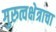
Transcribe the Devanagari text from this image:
गुरुत्वक्षेत्राचा